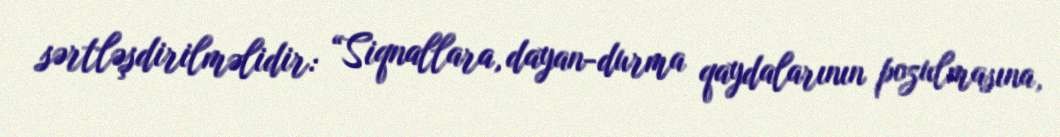
sərtləşdirilməlidir: “Siqnallara, dayan-durma qaydalarının pozulmasına,